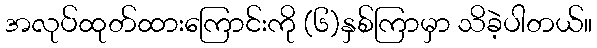
အလုပ်ထုတ်ထားကြောင်းကို (၆)နှစ်ကြာမှာ သိခဲ့ပါတယ်။